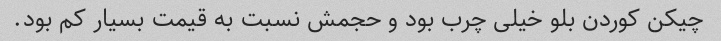
چیکن کوردن بلو خیلی چرب بود و حجمش نسبت به قیمت بسیار کم بود.